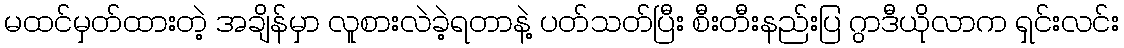
မထင်မှတ်ထားတဲ့ အချိန်မှာ လူစားလဲခဲ့ရတာနဲ့ ပတ်သတ်ပြီး စီးတီးနည်းပြ ဂွာဒီယိုလာက ရှင်းလင်း